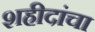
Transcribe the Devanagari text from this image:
शहीदांचा